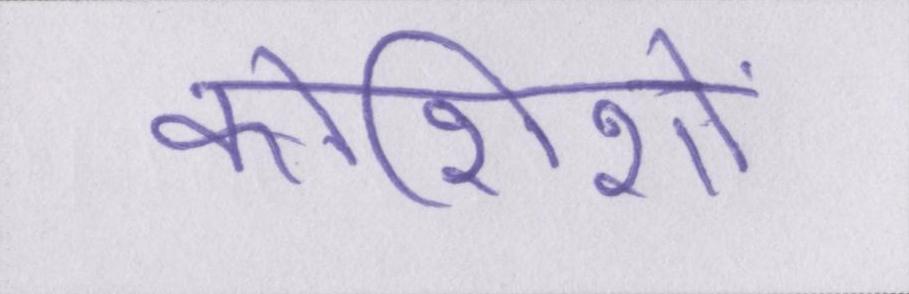
कोशिशों